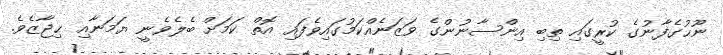
ނޫޙުގެފާނުގެ ކުރީގައި ތިބި އިންސާނުންގެ ވަޒަނެއްކަމުގައިވެފައި އޮތް ކަމަށް ބެލެވެނީ ޔަމަނާއި ޙިޖާޒެވެ.